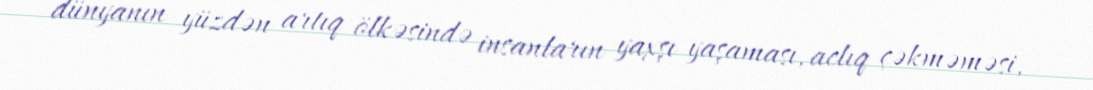
dünyanın yüzdən artıq ölkəsində insanların yaxşı yaşaması, aclıq çəkməməsi,